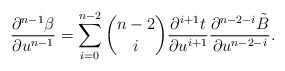
\begin{align*} \frac{\partial^{n-1}\beta}{\partial u^{n-1}}=\sum_{i=0}^{n-2}\binom{n-2}{i}\frac{\partial^{i+1}t}{\partial u^{i+1}}\frac{\partial^{n-2-i}\tilde{B}}{\partial u^{n-2-i}}.\end{align*}